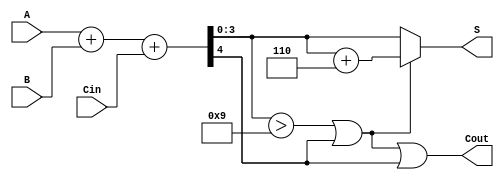
module BCD_Adder (
    input  [3:0] A,    // First BCD input
    input  [3:0] B,    // Second BCD input
    input        Cin,   // Carry input
    output [3:0] S,    // BCD result output
    output       Cout   // Carry output
);

    wire [4:0] Sum;       // 5-bit sum to hold the addition result
    wire correction_needed; // Signal to indicate if correction is needed

    // Step 1: Binary addition
    assign Sum = A + B + Cin; // Add A, B and Cin

    // Step 2: Determine if correction is needed
    assign correction_needed = (Sum[3:0] > 4'b1001) || Sum[4];

    // Step 3: Calculate the BCD output and carry out
    assign S = correction_needed ? (Sum[3:0] + 4'b0110) : Sum[3:0]; // Add 6 if correction is needed
    assign Cout = correction_needed || Sum[4]; // Set Cout if correction needed or if there was an overflow

endmodule